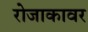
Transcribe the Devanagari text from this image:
रोजाकावर